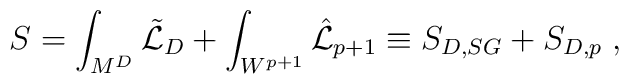
S= \int_{M^{D}}  \tilde{{\cal L}}_{D}+  \int_{W^{p+1}}  \hat{{\cal L}}_{p+1} \equiv S_{D,SG}+ S_{D,p} \; ,   \qquad